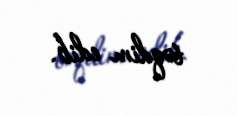
təqdim edib.